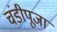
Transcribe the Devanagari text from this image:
चंडीपूजा